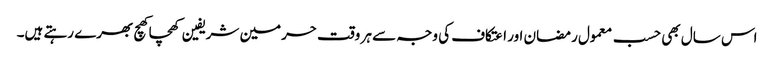
اس سال بھی حسب معمول رمضان اور اعتکاف کی وجہ سے ہر وقت حرمین شریفین کھچا کھچ بھرے رہتے ہیں۔